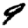
Digit: 9